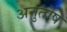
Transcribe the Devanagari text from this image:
अनुुतोष